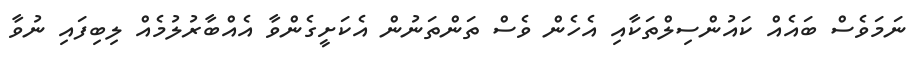
ނަމަވެސް ބައެއް ކައުންސިލްތަކާއި އެހެން ވެސް ތަންތަނުން އެކަށީގެންވާ އެއްބާރުލުމެއް ލިބިފައި ނުވާ